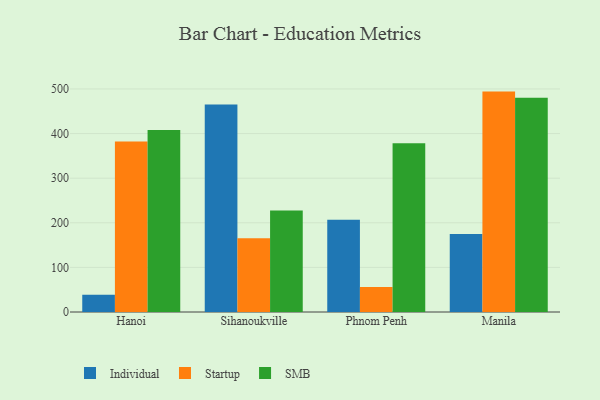
{"axis": {"x": "City", "y": "Net Income (USD K)"}, "legend": ["Individual", "SMB", "Startup"], "data": [{"x": "Hanoi", "y": 38.7, "type": "Individual"}, {"x": "Hanoi", "y": 382.3, "type": "Startup"}, {"x": "Hanoi", "y": 408.2, "type": "SMB"}, {"x": "Sihanoukville", "y": 465.3, "type": "Individual"}, {"x": "Sihanoukville", "y": 165.2, "type": "Startup"}, {"x": "Sihanoukville", "y": 227.3, "type": "SMB"}, {"x": "Phnom Penh", "y": 207.0, "type": "Individual"}, {"x": "Phnom Penh", "y": 55.9, "type": "Startup"}, {"x": "Phnom Penh", "y": 378.4, "type": "SMB"}, {"x": "Manila", "y": 175.1, "type": "Individual"}, {"x": "Manila", "y": 494.1, "type": "Startup"}, {"x": "Manila", "y": 480.5, "type": "SMB"}]}